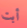
أبت